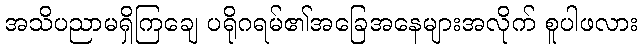
အသိပညာမရှိကြချေ ပရိုဂရမ်၏အခြေအနေများအလိုက် စူပါဖလား